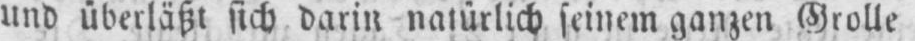
und überläßt sich darin natürlich seinem ganzen Grolle